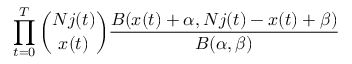
\prod _ { t = 0 } ^ { T } { \binom { N j ( t ) } { x ( t ) } } \frac { B ( x ( t ) + \alpha , N j ( t ) - x ( t ) + \beta ) } { B ( \alpha , \beta ) }